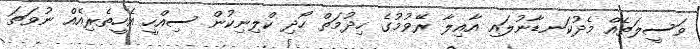
ވަސީލަތެއް މެދުކަނޑާނުލައި އާއިލާ ރޭވުމުގެ ހިދުމަތް ހޯދި ކްލިނިކުން ސިއްހީ އެހީތެރިއެއް ނުވަތަ